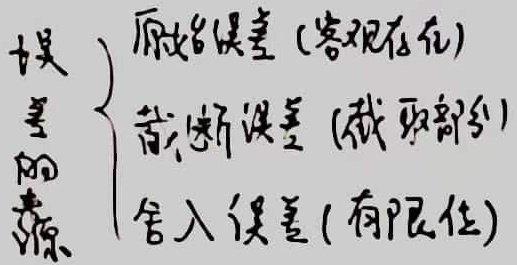
误差的来源
\begin{cases}
\text{原始误差 (客观存在)}\\
\text{截断误差 (截取部分)}\\
\text{舍入误差 (有限位)}
\end{cases}